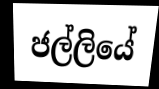
ජල්ලියේ